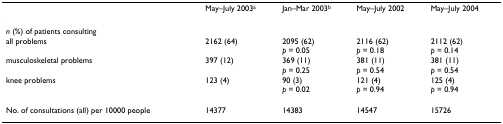
<table><thead><tr><td></td><td><b>May–July 2003<sup>a</sup></b></td><td><b>Jan–Mar 2003<sup>b</sup></b></td><td><b>May–July 2002</b></td><td><b>May–July 2004</b></td></tr></thead><tbody><tr><td colspan="5"><i>n </i>(%) of patients consulting</td></tr><tr><td>all problems</td><td>2162 (64)</td><td>2095 (62)<i>p </i>= 0.05</td><td>2116 (62)<i>p </i>= 0.18</td><td>2112 (62)<i>p </i>= 0.14</td></tr><tr><td>musculoskeletal problems</td><td>397 (12)</td><td>369 (11)<i>p </i>= 0.25</td><td>381 (11)<i>p </i>= 0.54</td><td>381 (11)<i>p </i>= 0.54</td></tr><tr><td>knee problems</td><td>123 (4)</td><td>90 (3)<i>p </i>= 0.02</td><td>121 (4)<i>p </i>= 0.94</td><td>125 (4)<i>p </i>= 0.94</td></tr><tr><td>No. of consultations (all) per 10000 people</td><td>14377</td><td>14383</td><td>14547</td><td>15726</td></tr></tbody></table>